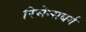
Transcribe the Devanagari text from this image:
रिमेन्सबर्ग